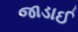
જાડાઈ